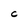
Character: C